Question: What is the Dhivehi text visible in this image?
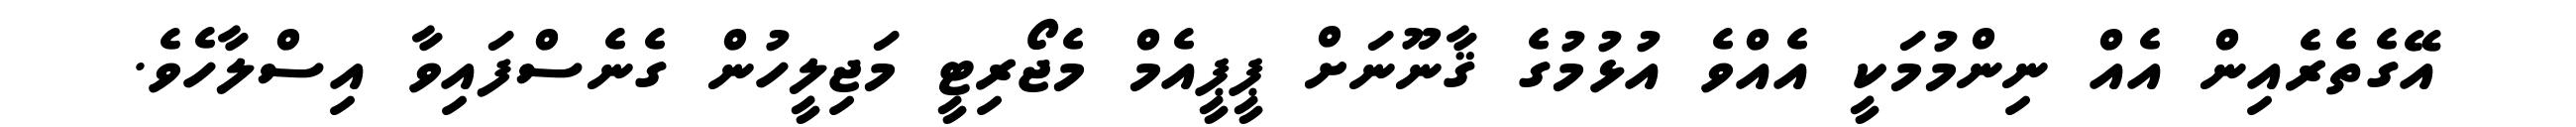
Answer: އޭގެތެރެއިން އެއް ނިންމުމަކީ އެއްވެ އުޅުމުގެ ޤާނޫނަށް ޕީޕީއެމް މެޖޯރިޓީ މަޖިލީހުން ގެނެސްފައިވާ އިސްލާހެވެ.